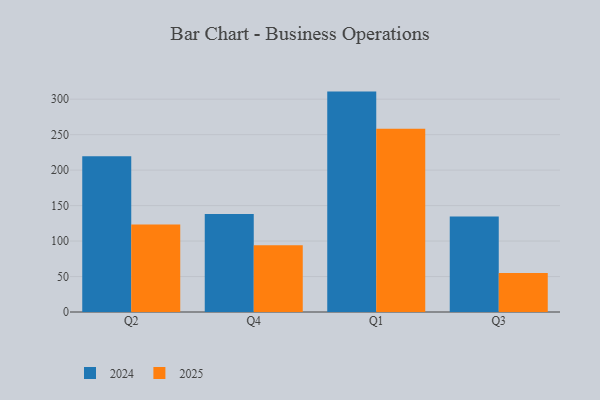
{"axis": {"x": "Quarter", "y": "Demand Index"}, "legend": ["2024", "2025"], "data": [{"x": "Q2", "y": 123.4, "type": "2025"}, {"x": "Q2", "y": 219.5, "type": "2024"}, {"x": "Q4", "y": 94.1, "type": "2025"}, {"x": "Q4", "y": 138.0, "type": "2024"}, {"x": "Q1", "y": 258.2, "type": "2025"}, {"x": "Q1", "y": 310.7, "type": "2024"}, {"x": "Q3", "y": 54.9, "type": "2025"}, {"x": "Q3", "y": 134.6, "type": "2024"}]}